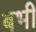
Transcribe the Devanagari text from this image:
बभी